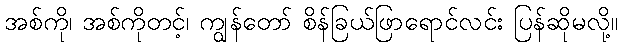
အစ်ကို၊ အစ်ကိုတင့်၊ ကျွန်တော် စိန်ခြယ်ဖြာရောင်လင်း ပြန်ဆိုမလို့။